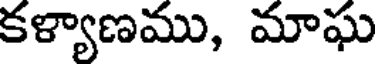
కళ్యాణము, మాఘ